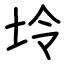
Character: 坽